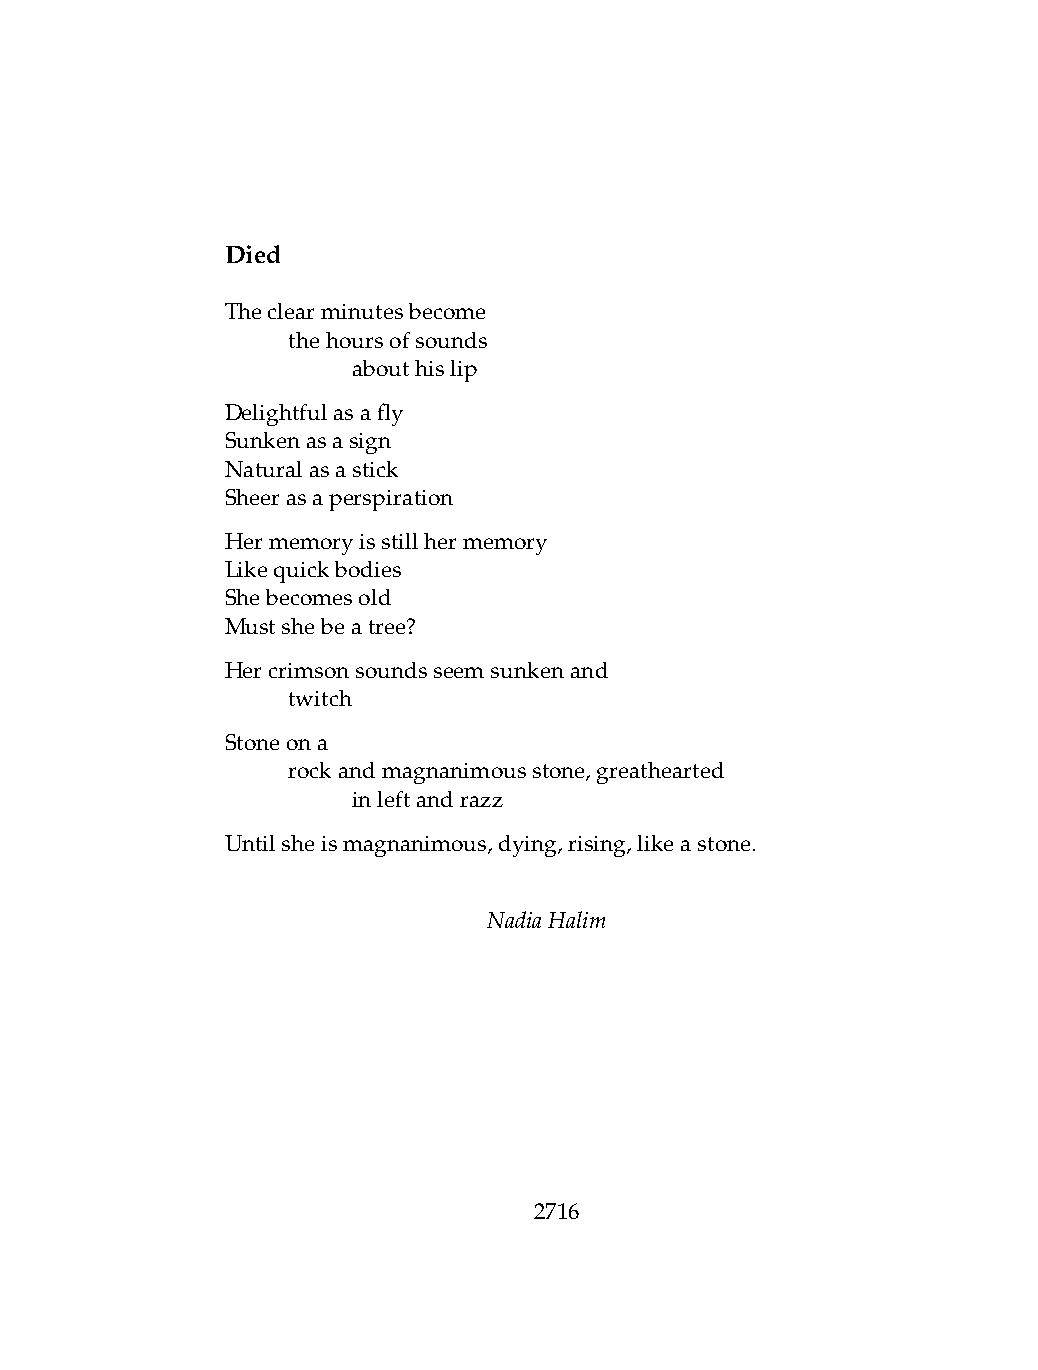
Died
 Theclearminutesbecome
 .   thehoursofsounds
 .   .   abouthislip
 Delightfulasafly
 Sunkenasasign
 Naturalasastick
 Sheerasaperspiration
 Hermemoryisstillhermemory
 Likequickbodies
 Shebecomesold
 Mustshebeatree?
 Hercrimsonsoundsseemsunkenand
 .   twitch
 Stoneona
 .   rockandmagnanimousstone,greathearted
 .   .   inleftandrazz
 Untilsheismagnanimous,dying,rising,likeastone.
 NadiaHalim
 2716